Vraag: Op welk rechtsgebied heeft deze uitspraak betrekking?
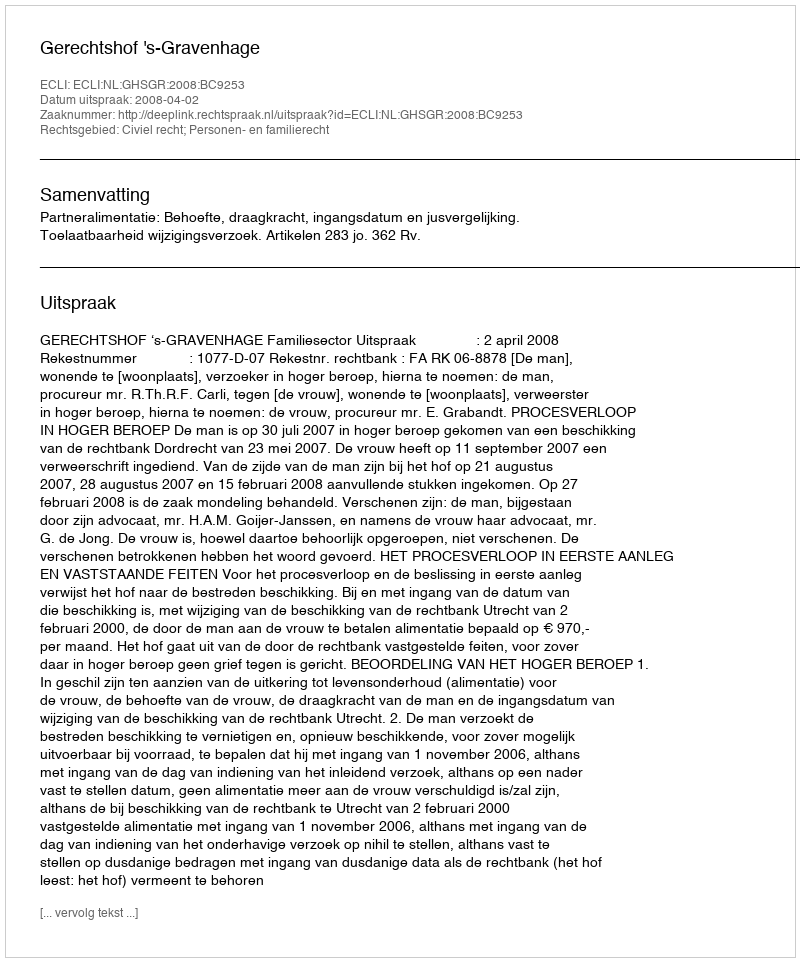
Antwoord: Civiel recht; Personen- en familierecht